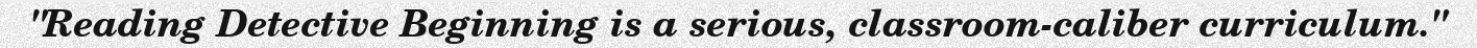
"Reading Detective Beginning is a serious, classroom-caliber curriculum."